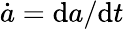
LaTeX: \dot{a}=\mathrm{d}a/\mathrm{d}t